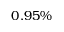
0 . 9 5 \%